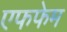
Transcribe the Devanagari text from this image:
एफफेम